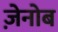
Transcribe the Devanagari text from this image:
ज़ेनोब